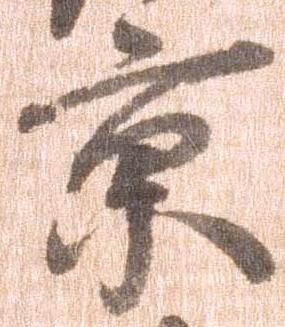
京